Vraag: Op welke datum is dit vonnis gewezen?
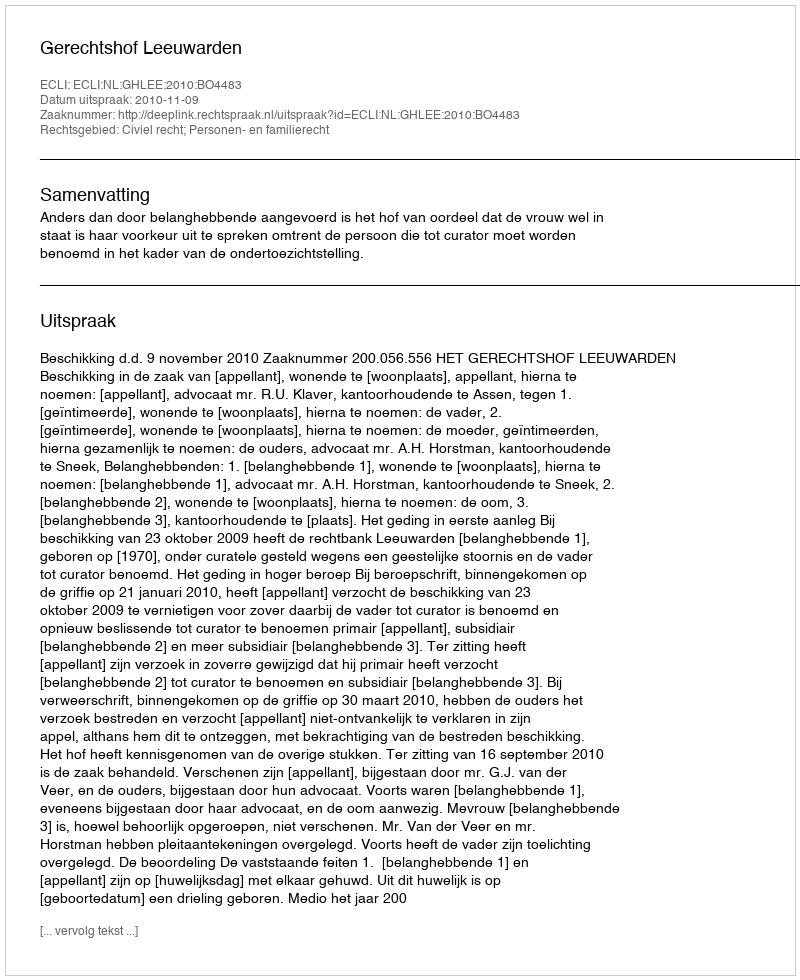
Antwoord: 2010-11-09